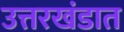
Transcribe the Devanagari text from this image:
उत्तरखंडात